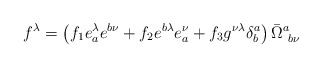
\begin{align*}f^\lambda = \left(f_1 e_a^\lambda e^{b \nu}+ f_2 e^{b \lambda} e^\nu_a+ f_3 g^{\nu \lambda} \delta^a_b \right)\bar{\Omega}^a_{~b \nu}\end{align*}